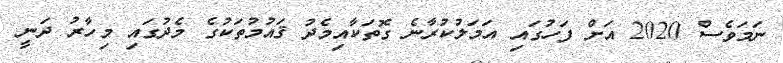
ނަމަވެސް 2020 އަށް ފަހުގައި އަމަލުކުރާނެ ގޮތަކާއިމެދު ޤައުމުތަކުގެ މެދުގައި މިހާރު ދަނީ